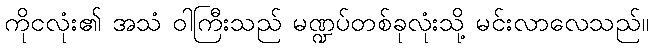
ကိုငလုံး၏ အသံ ဝါကြီးသည် မဏ္ဍပ်တစ်ခုလုံးသို့ မင်းလာလေသည်။